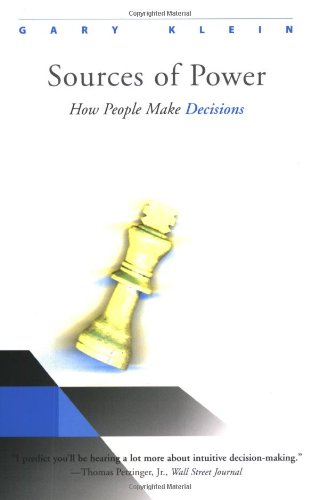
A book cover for Sources of Power: How People Make Decisions; Gary Klein; Medical Books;